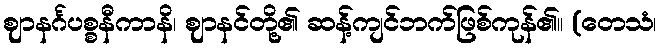
ဈာနင်္ဂပစ္စနီကာနိ၊ ဈာနင်တို့၏ ဆန့်ကျင်ဘက်ဖြစ်ကုန်၏။ (တေသံ၊